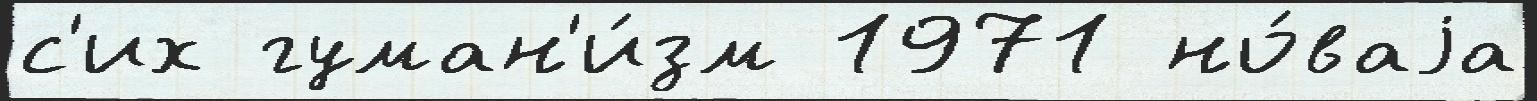
с'их гуман'и́зм 1971 но́ваjа